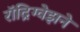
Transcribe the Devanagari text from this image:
रॉद्रिग्वेझने